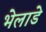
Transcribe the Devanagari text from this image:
भेलाडे